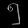
Digit: ၅